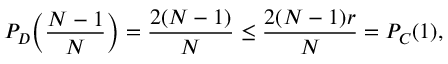
P _ { D } \Big ( \frac { N - 1 } { N } \Big ) = \frac { 2 ( N - 1 ) } { N } \leq \frac { 2 ( N - 1 ) r } { N } = P _ { C } ( 1 ) ,